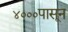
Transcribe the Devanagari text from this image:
४०००पासून